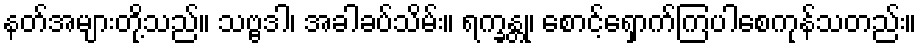
နတ်အများတို့သည်။ သဗ္ဗဒါ၊ အခါခပ်သိမ်း။ ရက္ခန္တု၊ စောင့်ရှောက်ကြပါစေကုန်သတည်း။